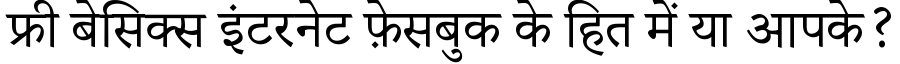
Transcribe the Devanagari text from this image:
फ्री बेसिक्स इंटरनेट फ़ेसबुक के हित में या आपके?